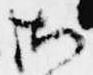
御